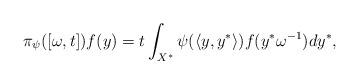
LaTeX: \begin{align*}\pi_{\psi}([\omega, t])f(y)=t\int_{X^{\ast}} \psi(\langle y, y^{\ast}\rangle) f(y^{\ast}\omega^{-1}) dy^{\ast},\end{align*}